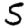
Digit: 5